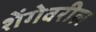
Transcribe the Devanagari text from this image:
शेंगेवरील